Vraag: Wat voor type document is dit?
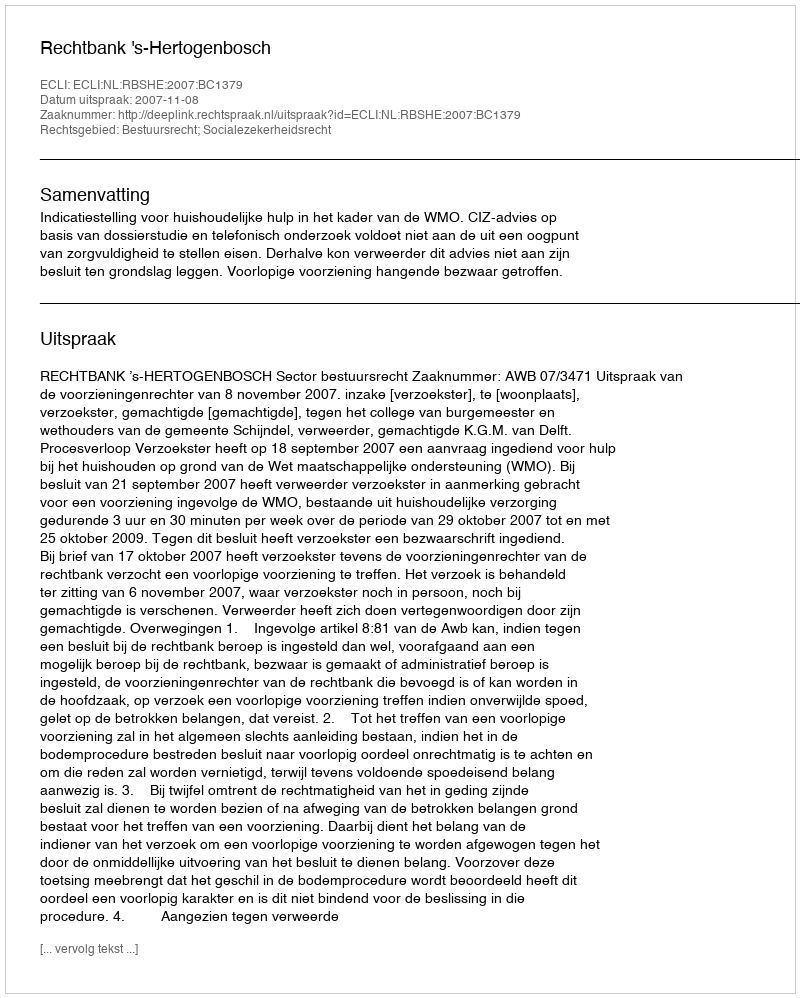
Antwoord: Uitspraak